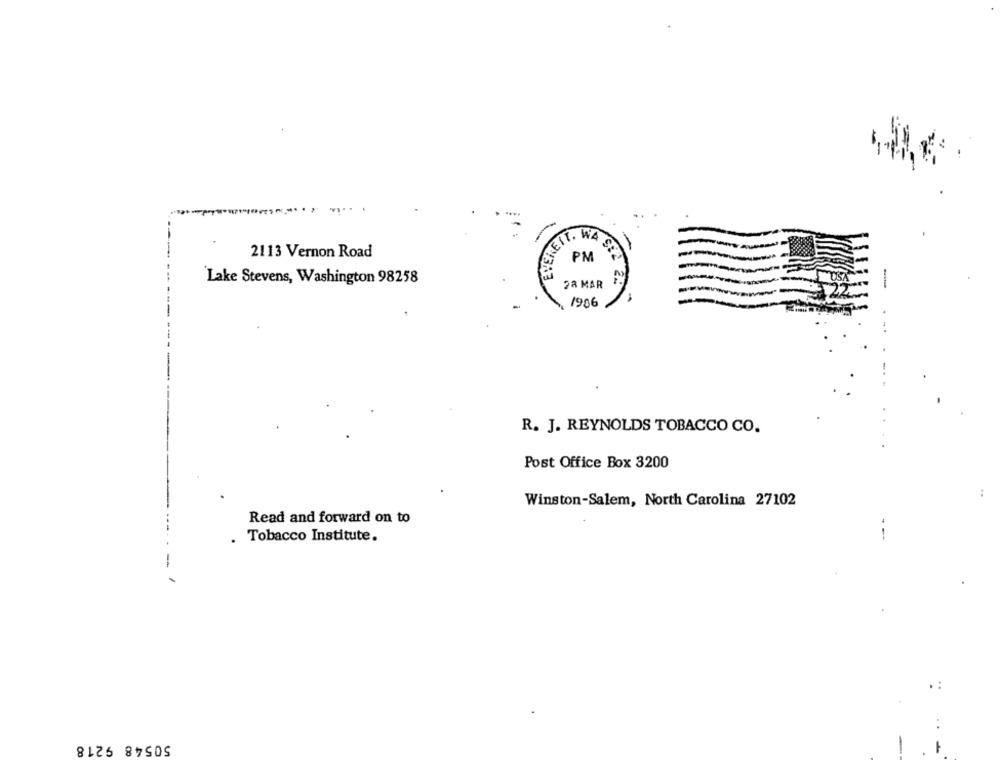
KEIT. WA
-
2113 Vernon Road
PM
1343:3
Lake Stevens, Washington 98258
28 MAR
1906
R. J. REYNOLDS TOBACCO CO.
Post Office Box 3200
Winston-Salem, North Carolina 27102
Read and forward on to
. Tobacco Institute.
-
50548 9218